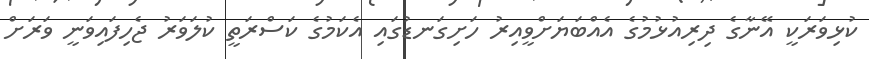
ކުޅިވަރަކީ އޭނާގެ ދިރިއުޅުމުގެ އެއްބަޔަށްވީއިރު ހަށިގަނޑުގައި އެކަމުގެ ކަސްރަތީ ކުލަވަރު ޖެހިފައިވަނީ ވަރަށް